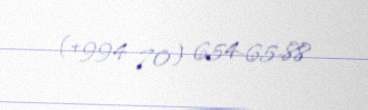
(+994 70) 654-65-88